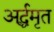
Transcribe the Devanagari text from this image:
अर्द्धमृत